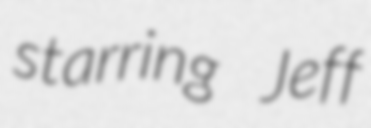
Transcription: starring Jeff